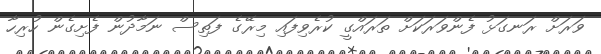
ވަރަށް ރަނގަޅު ފެންވަރަކަށް ތަރައްގީ ކުރެވިފައި މިރޭގެ ފަތިސް ނަމާދުން ފެށިގެން ހުރިހާ